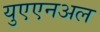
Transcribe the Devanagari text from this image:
युएएनअल